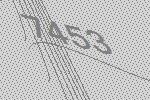
7453